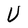
Character: U